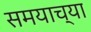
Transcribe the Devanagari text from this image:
समयाच्या